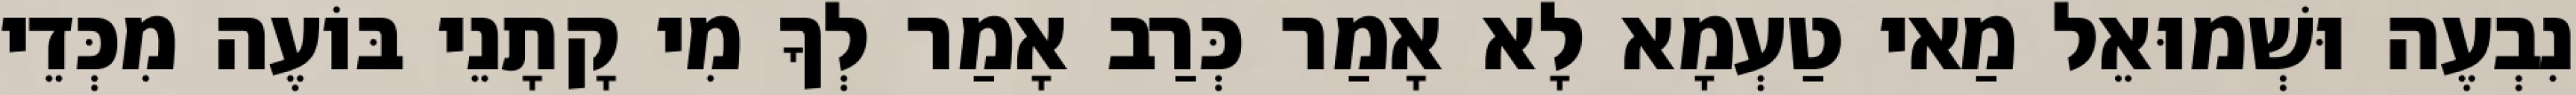
נִבְעֶה וּשְׁמוּאֵל מַאי טַעְמָא לָא אָמַר כְּרַב אָמַר לְךָ מִי קָתָנֵי בּוֹעֶה מִכְּדֵי